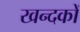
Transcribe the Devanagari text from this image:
खन्दकों